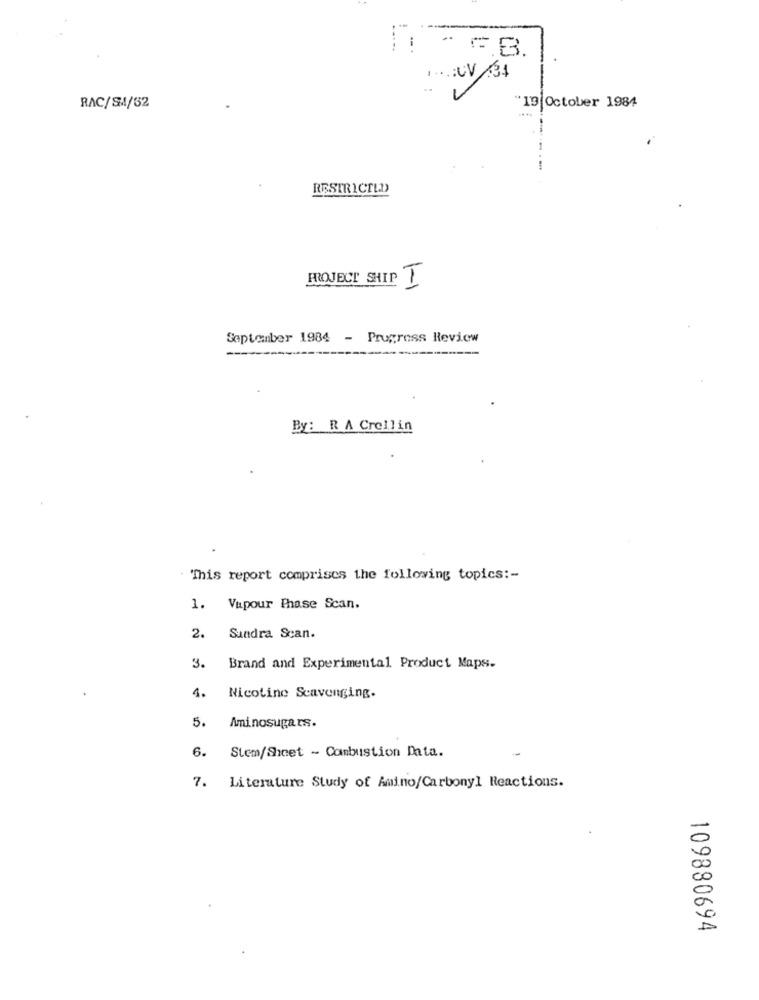
: * CB.
10:0V /34
RAC/SM4/52
"19|October 1984
RESTRICILD
PROJECT SHIP I
September 1984 - Progress Review
By: R A Crollin
This report comprises the following topics :-
1. Vupour Phase Scan.
2.
Sundra Scan.
3.
Brand and Experimental Product Maps.
4.
Nicotine Scavenging.
5.
Aminosugars.
Stem/Sheet - Combustion Data.
6.
7. Literature Study of Amino/Carbonyl Reactions.
109880694